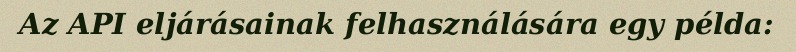
Az API eljárásainak felhasználására egy példa: